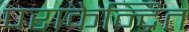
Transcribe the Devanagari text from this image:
पराकेन्द्रित